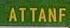
attanf